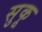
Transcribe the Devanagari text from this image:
सुकू